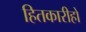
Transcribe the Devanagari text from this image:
हितकारीहो